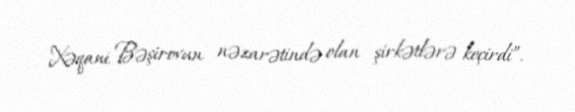
Xəqani Bəşirovun nəzarətində olan şirkətlərə keçirdi”.